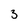
Character: 3